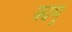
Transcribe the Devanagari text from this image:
क्यमू